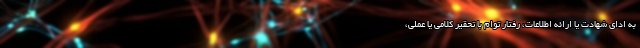
به ادای شهادت یا ارائه اطلاعات، رفتار توام با تحقیر کلامی یا عملی،